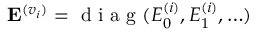
\mathbf { E } ^ { ( v _ { i } ) } = \mathrm { ~ d ~ i ~ a ~ g ~ } ( E _ { 0 } ^ { ( i ) } , E _ { 1 } ^ { ( i ) } , \ldots )